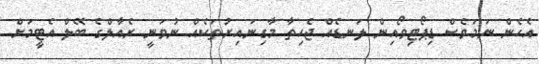
އެހެން ނަމަވެސް ޑިޕޯޓިވޯއިން ލަނޑެއް ޖެހިތާ މާގިނައިރުތަކެއް ނުވަނީ ރެއާލްގެ ބޭލް އެޓީމަށް